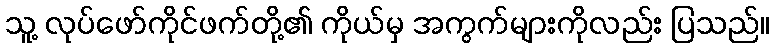
သူ့ လုပ်ဖော်ကိုင်ဖက်တို့၏ ကိုယ်မှ အကွက်များကိုလည်း ပြသည်။